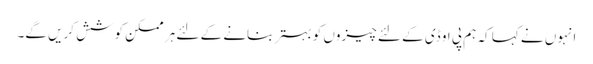
انہوں نے کہا کہ ہم پی او ڈی کے لئے چیزوں کو بہتر بنانے کے لئے ہر ممکن کوشش کریں گے۔